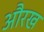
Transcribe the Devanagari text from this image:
औरख